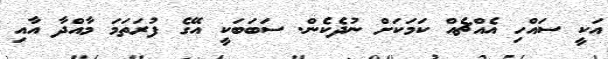
އަކީ ސައްހި އެއްޗެއް ކަމަކަށް ނުދެކެން. ސަބަބަކީ އޭގެ ފުރަތަމަ މާއްދާ އާއި